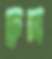
দ্রুম